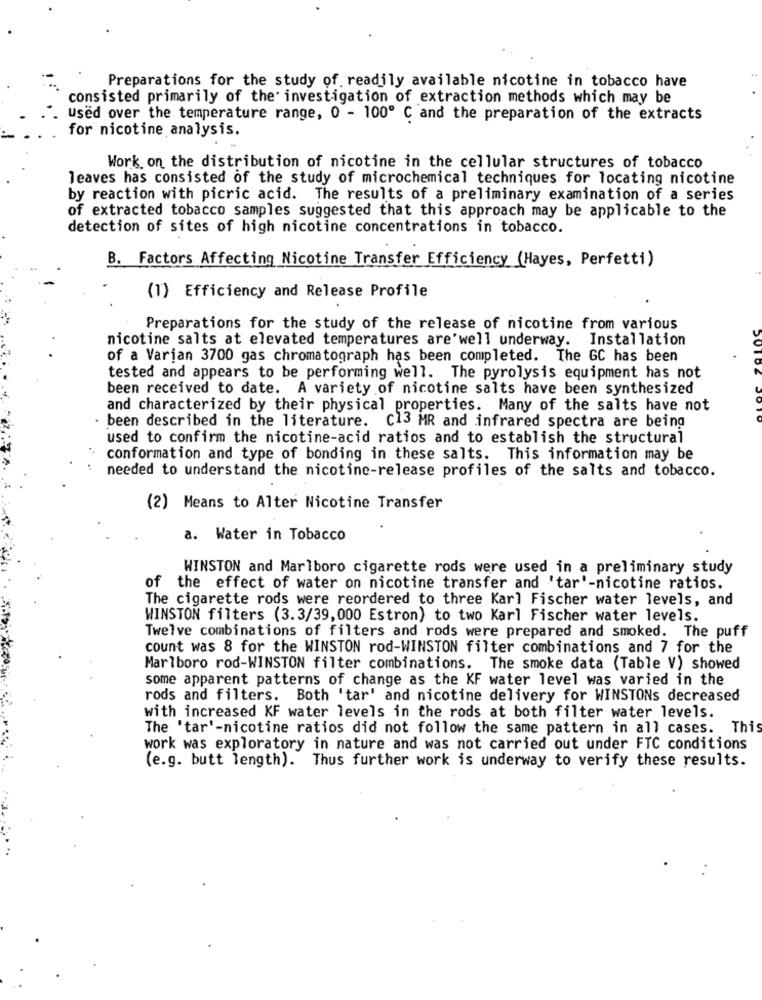
Preparations for the study of readily available nicotine in tobacco have
consisted primarily of the investigation of extraction methods which may be
Used over the temperature range, 0 - 100º C and the preparation of the extracts
for nicotine analysis.
Work on the distribution of nicotine in the cellular structures of tobacco
leaves has consisted of the study of microchemical techniques for locating nicotine
by reaction with picric acid. The results of a preliminary examination of a series
of extracted tobacco samples suggested that this approach may be applicable to the
detection of sites of high nicotine concentrations in tobacco.
B. Factors Affecting Nicotine Transfer Efficiency (Hayes, Perfetti)
(1) Efficiency and Release Profile
Preparations for the study of the release of nicotine from various
nicotine salts at elevated temperatures are'well underway. Installation
of a Varian 3700 gas chromatograph has been completed. The GC has been
tested and appears to be performing well. The pyrolysis equipment has not
been received to date. A variety of nicotine salts have been synthesized
and characterized by their physical properties. Many of the salts have not
· been described in the literature. C13 MR and infrared spectra are being
used to confirm the nicotine-acid ratios and to establish the structural
conformation and type of bonding in these salts. This information may be
needed to understand the nicotine-release profiles of the salts and tobacco.
(2) Means to Alter Nicotine Transfer
a. Water in Tobacco
WINSTON and Marlboro cigarette rods were used in a preliminary study
of the effect of water on nicotine transfer and 'tar'-nicotine ratios.
The cigarette rods were reordered to three Karl Fischer water levels, and
WINSTON filters (3.3/39,000 Estron) to two Karl Fischer water levels.
Twelve combinations of filters and rods were prepared and smoked. The puff
count was 8 for the WINSTON rod-WINSTON filter combinations and 7 for the
Marlboro rod-WINSTON filter combinations. The smoke data (Table V) showed
some apparent patterns of change as the KF water level was varied in the
rods and filters. Both 'tar' and nicotine delivery for WINSTONs decreased
with increased KF water levels in the rods at both filter water levels.
The 'tar'-nicotine ratios did not follow the same pattern in all cases. This
work was exploratory in nature and was not carried out under FTC conditions
(e.g. butt length). Thus further work is underway to verify these results.
. .